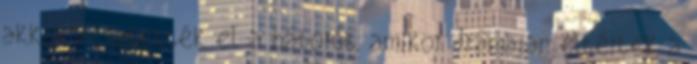
akkor vesztették el a háborút, amikor drámaian eltértek a